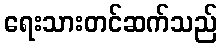
ရေးသားတင်ဆက်သည်